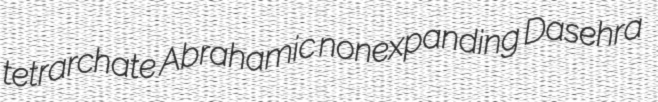
tetrarchate Abrahamic nonexpanding Dasehra